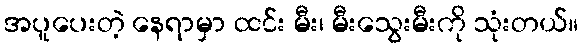
အပူပေးတဲ့ နေရာမှာ ထင်း မီး၊ မီးသွေးမီးကို သုံးတယ်။